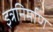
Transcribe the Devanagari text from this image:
इत्रनिर्माण